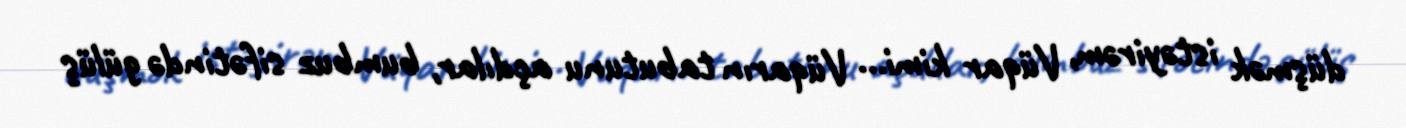
düşmək istəyirəm, Vüqar kimi... Vüqarın tabutunu açdılar, bumbuz sifətində gülüş